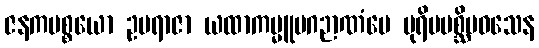
ဇနကပစ္စယော ဥပရာဇာ ယထာကမ္မူပဂဉာဏံပေ ပုရိမပစ္ဆိမဝသေန